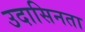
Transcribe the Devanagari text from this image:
उदासिनता